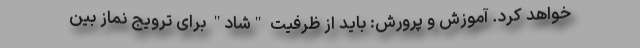
خواهد کرد. آموزش و پرورش: باید از ظرفیت‌ "شاد" برای ترویج نماز بین